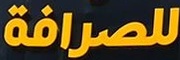
للصرافة